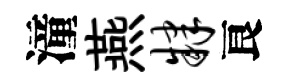
潼燕肄良